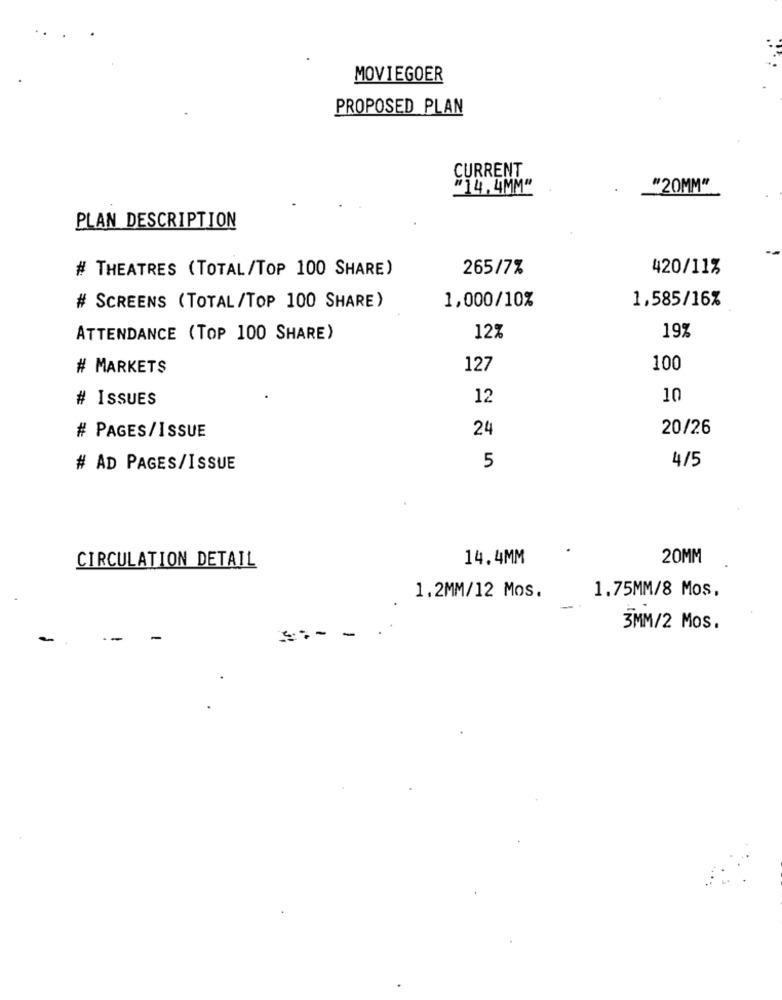
MOVIEGOER
PROPOSED PLAN
CURRENT
"14. 4MM"
"20MM"
PLAN DESCRIPTION
# THEATRES (TOTAL/TOP 100 SHARE)
265/7%
420/11%
1,000/10%
1,585/16%
# SCREENS (TOTAL/TOP 100 SHARE)
19%
ATTENDANCE (TOP 100 SHARE)
12%
# MARKETS
127
100
# ISSUES
12
10
24
20/26
# PAGES/ISSUE
4/5
# AD PAGES/ISSUE
5
14.4MM
20MM
CIRCULATION DETAIL
1.2MM/12 Mos.
1.75MM/8 Mos,
3MM/2 Mos.
-
--